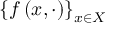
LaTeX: \left\{ f \left( x , \cdot \right) \right\} _ { x \in X }